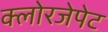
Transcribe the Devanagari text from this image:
क्लोरजेपेट